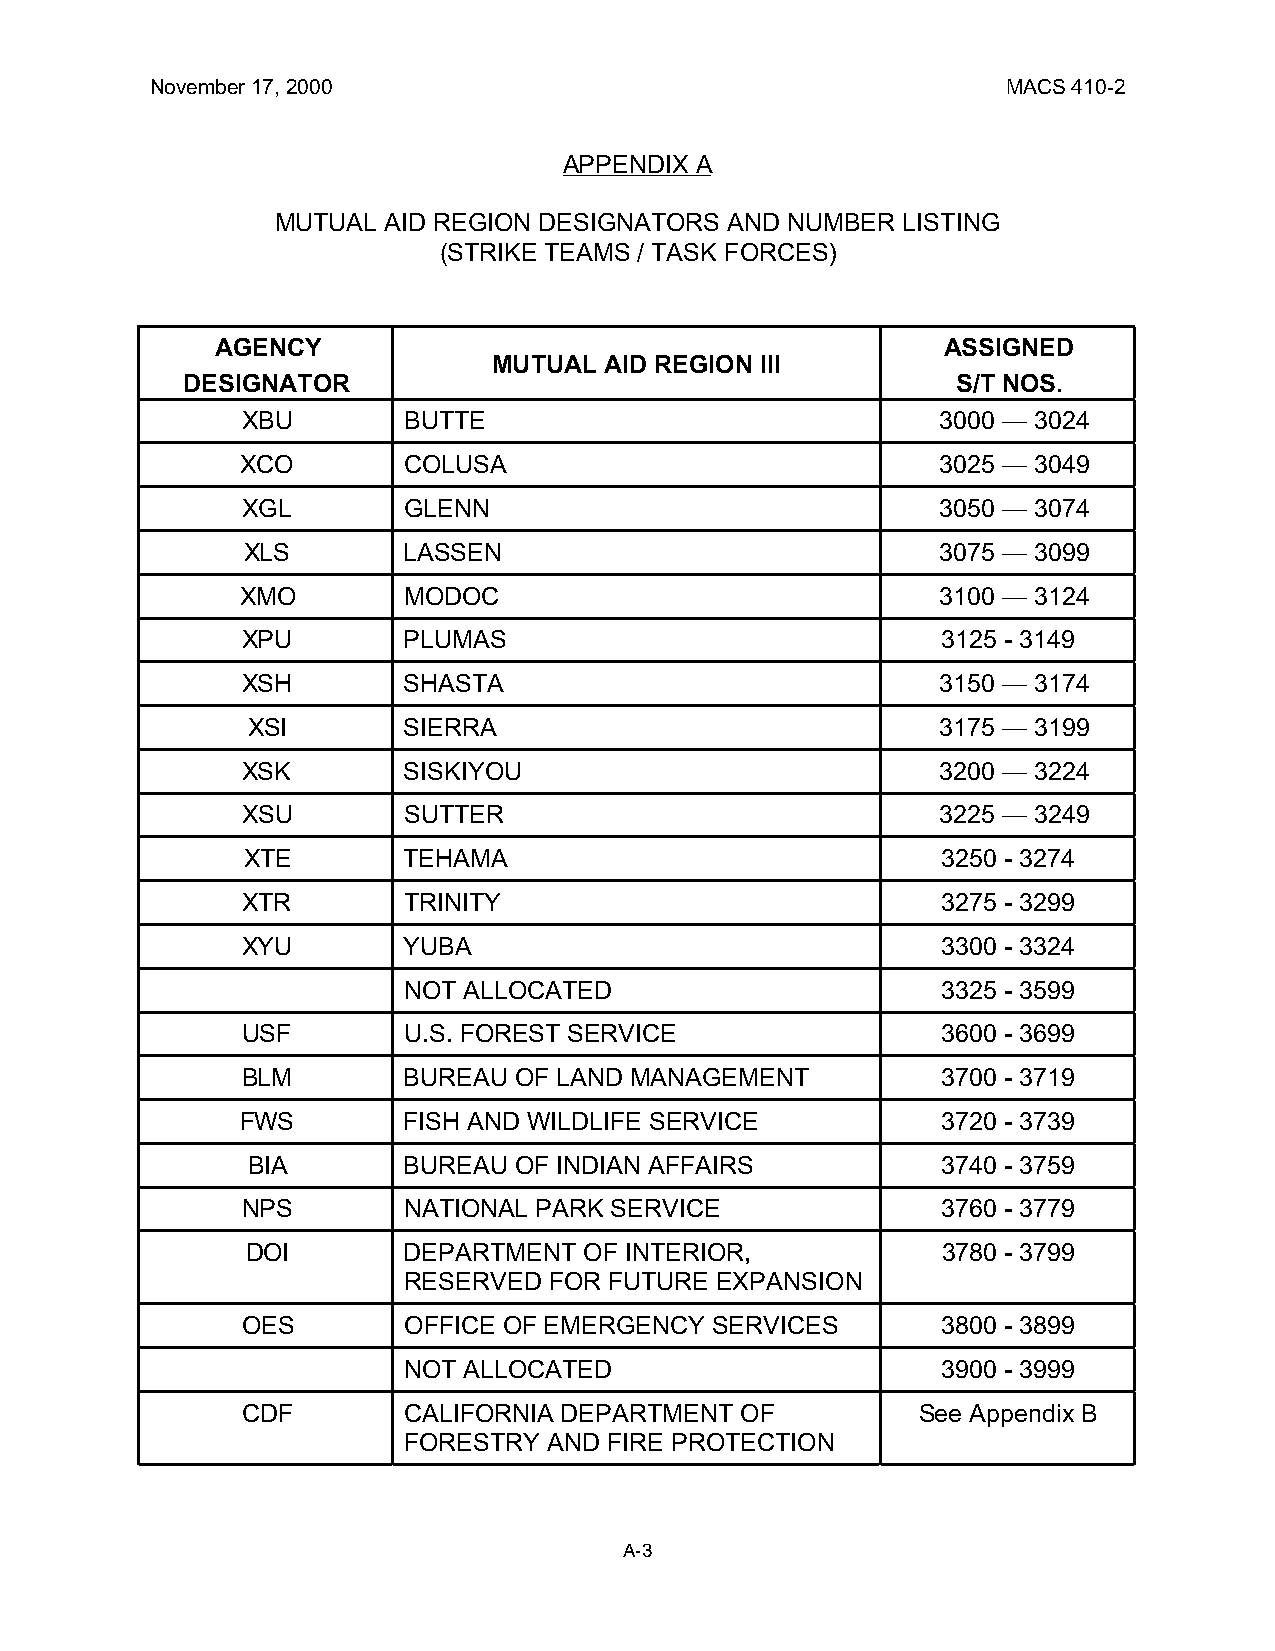
November 17, 2000                                        MACS 410-2
 APPENDIX A
 MUTUAL AID REGION DESIGNATORS AND NUMBER  LISTING
 (STRIKE TEAMS / TASK FORCES)
 AGENCY                                          ASSIGNED
 MUTUAL AID REGION III
 DESIGNATOR                                         S/T NOS.
 XBU        BUTTE                              3000 — 3024
 XCO        COLUSA                             3025 — 3049
 XGL        GLENN                              3050 — 3074
 XLS        LASSEN                             3075 — 3099
 XMO        MODOC                              3100 — 3124
 XPU        PLUMAS                             3125 - 3149
 XSH        SHASTA                             3150 — 3174
 XSI        SIERRA                             3175 — 3199
 XSK        SISKIYOU                           3200 — 3224
 XSU        SUTTER                             3225 — 3249
 XTE        TEHAMA                             3250 - 3274
 XTR        TRINITY                            3275 - 3299
 XYU        YUBA                               3300 - 3324
 NOT ALLOCATED                      3325 - 3599
 USF        U.S. FOREST SERVICE                3600 - 3699
 BLM        BUREAU OF LAND MANAGEMENT          3700 - 3719
 FWS        FISH AND WILDLIFE SERVICE          3720 - 3739
 BIA        BUREAU OF INDIAN AFFAIRS           3740 - 3759
 NPS        NATIONAL PARK SERVICE              3760 - 3779
 DOI        DEPARTMENT  OF INTERIOR,           3780 - 3799
 RESERVED FOR FUTURE EXPANSION
 OES        OFFICE OF EMERGENCY SERVICES       3800 - 3899
 NOT ALLOCATED                      3900 - 3999
 CDF        CALIFORNIA DEPARTMENT OF          See Appendix B
 FORESTRY AND FIRE PROTECTION
 A-3